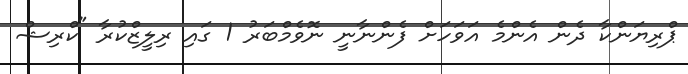
ޕްރިޔަންކާ ދެން އެންމެ އަވަހަށް ފެންނާނީ ނޮވެމްބަރު 1 ގައި ރިލީޒްކުރާ "ކްރިޝް